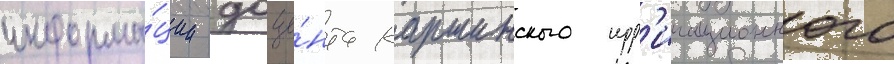
информа́ции доце́нта каршинского ирр'игационного